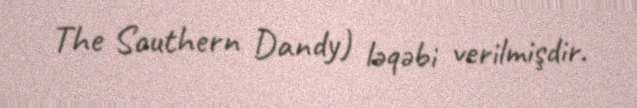
The Southern Dandy) ləqəbi verilmişdir.